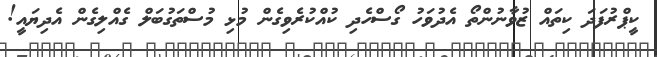
ކީޕްރުފަދަ ކިތައް ޒުވާނުންތޯ އެދުވަހު ގޯސްހެދި ކުއްކުރެވިގެން މުޅި މުސްތަގުބަލް ގެއްލިގެން އެދިޔައީ!